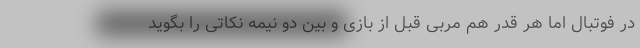
در فوتبال اما هر قدر هم مربی قبل از بازی و بین دو نیمه نکاتی را بگوید